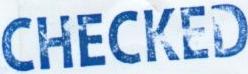
CHECKED